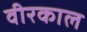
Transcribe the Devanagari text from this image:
वीरकाल